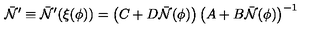
{ \bar { \cal N } } ^ { \prime } \equiv { \bar { \cal N } } ^ { \prime } ( \xi ( \phi ) ) = \left( C + D { \bar { \cal N } } ( \phi ) \right) \left( A + B { \bar { \cal N } } ( \phi ) \right) ^ { - 1 }